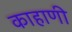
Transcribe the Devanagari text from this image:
काहाणी